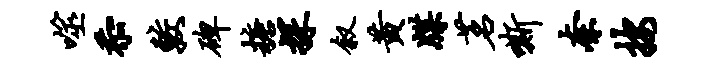
噬忝较碑糖探叙黄牒茗嘶奈按